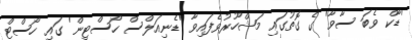
'ޑާކް ވެބަ ސާވާ' ގެ ގޮތުގައި މަޝްހޫރުވެފައިވާ 'ޑެނިއަލްސް ހޯސްޓިން' ގައި ހޯސްޓް